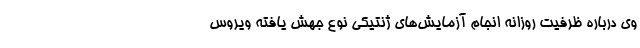
وی درباره ظرفیت روزانه انجام آزمایش‌های ژنتیکی نوع جهش یافته ویروس